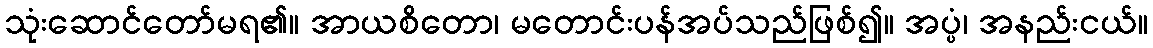
သုံးဆောင်တော်မရ၏။ အာယစိတော၊ မတောင်းပန်အပ်သည်ဖြစ်၍။ အပ္ပံ၊ အနည်းငယ်။